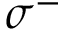
\sigma ^ { - }